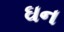
ઘન